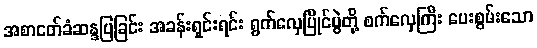
အစာငတ်ခံဆန္ဒပြခြင်း အခန်းရှင်းရင်း ရွက်လှေပြိုင်ပွဲတို့ စက်လှေကြီး ပေးစွမ်းသော